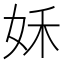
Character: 姀